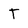
Character: T